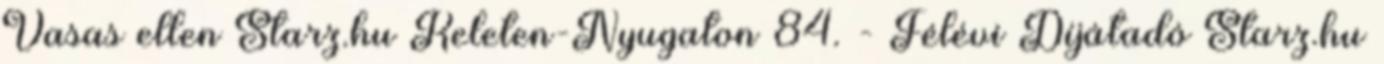
Vasas ellen Starz.hu Keleten-Nyugaton 84. - Félévi Díjátadó Starz.hu